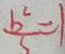
\frac { b ^ { 2 } } { 5 } = 1